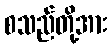
စသည်တို့အား